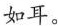
如耳